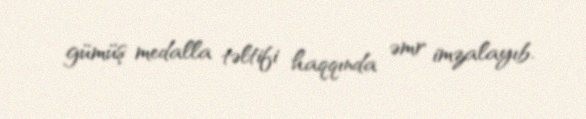
gümüş medalla təltifi haqqında əmr imzalayıb.